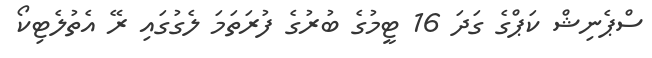
ސްޕެނިޝް ކަޕްގެ ގަދަ 16 ޓީމުގެ ބުރުގެ ފުރަތަމަ ލެގުގައި ރޭ އެތުލެޓިކޯ